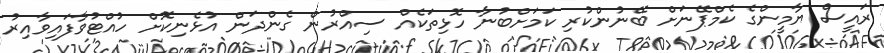
ރައީސް ޔާމީންގެ ކެމްޕޭނަށް ބޭނުންކުރި ކަމަށްބުނާ ހޮޅިތަކެއް ސިއްރުން ގެންދަން އުޅެނިކޮށް ހުއްޓުވާފައިވާއިރު